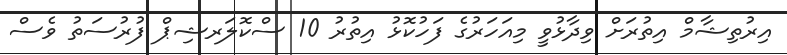
އިރުތިޝާމް އިތުރަށް ވިދާޅުވީ މިއަހަރުގެ ފަހުކޮޅު އިތުރު 10 ސްކޮލަރޝިޕް ފުރުސަތު ވެސް